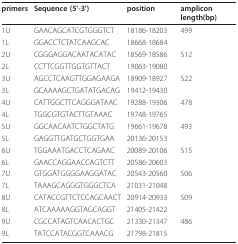
| primers | Sequence (5'-3') | position | amplicon length(bp) |
 | --- | --- | --- | --- |
 | 1U | GAACAGCATCGTGGGTCT | 18186-18203 | 499 |
 | 1L | GGACCTCTATCAAGCAC | 18668-18684 |  |
 | 2U | CGGGAGGACAATACATAC | 18569-18586 | 512 |
 | 2L | CCTTCGGTTGGTGTTACT | 19063-19080 |  |
 | 3U | AGCCTCAAGTTGGAGAAGA | 18909-18927 | 522 |
 | 3L | GCAAAAGCTGATATGACAG | 19412-19430 |  |
 | 4U | CATTGGCTTCAGGGATAAC | 19288-19306 | 478 |
 | 4L | TGGCGTGTACTTGTAAAC | 19748-19765 |  |
 | 5U | GGCAACAATCTGGCTATG | 19661-19678 | 493 |
 | 5L | GAGGTTGATGCTGGTGAA | 20136-20153 |  |
 | 6U | TGGAAATGACCTCAGAAC | 20089-20106 | 515 |
 | 6L | GAACCAGGAACCAGTCTT | 20586-20603 |  |
 | 7U | GTGGATGGGGAAGGATAC | 20543-20560 | 506 |
 | 7L | TAAAGCAGGGTGGGCTCA | 21031-21048 |  |
 | 8U | CATACCGTTCTCCAGCAACT | 20914-20933 | 509 |
 | 8L | ATCAAAAAGGTAGCAGGT | 21405-21422 |  |
 | 9U | CGCCATAGTCAACACTGC | 21330-21347 | 486 |
 | 9L | TATCCATACGGTCAAACG | 21798-21815 |  |